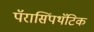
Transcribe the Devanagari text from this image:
पॅरासिंपथॅटिक